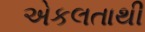
એકલતાથી